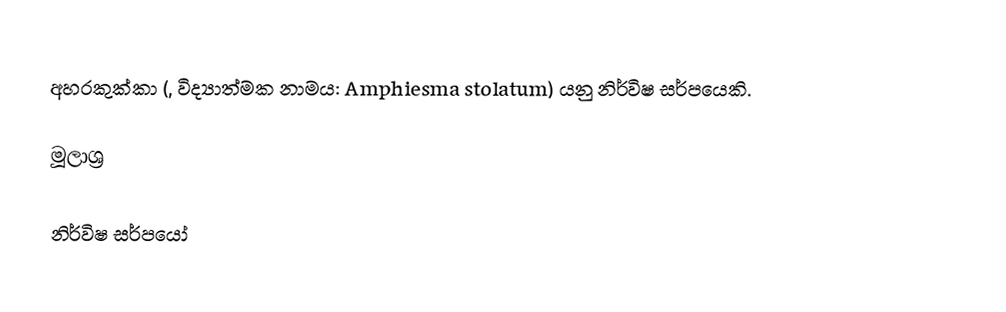
අහරකුක්කා (, විද්‍යාත්මක නාමය: Amphiesma stolatum) යනු නිර්විෂ සර්පයෙකි.

මූලාශ්‍ර

නිර්විෂ සර්පයෝ